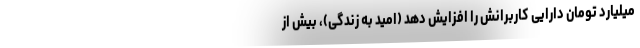
میلیارد تومان دارایی کاربرانش را افزایش دهد (امید به زندگی)، بیش از